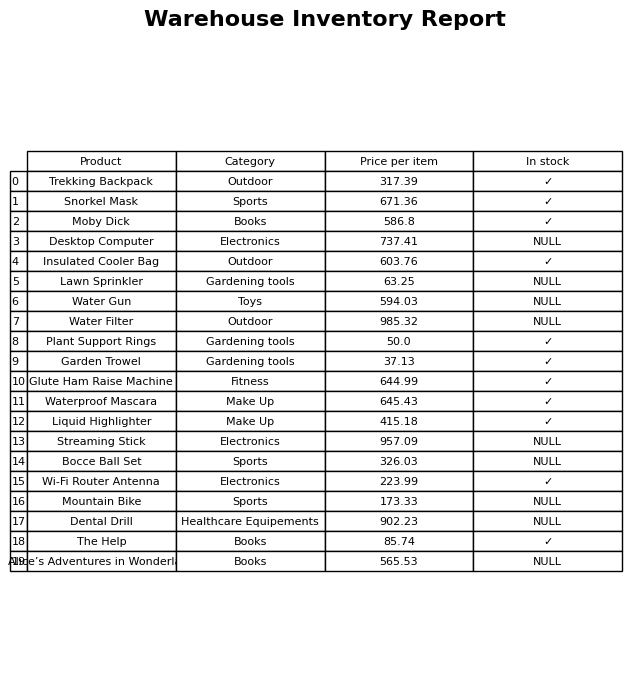
question: What is the price for The Help?
answer: The price of The Help is 85.74.